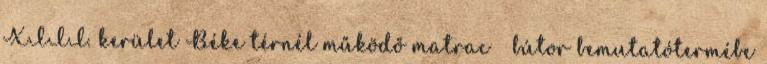
XIII. kerület Béke térnél működő matrac bútor bemutatótermébe